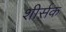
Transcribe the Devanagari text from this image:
शीर्सक